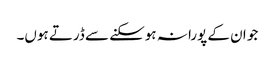
جو ان کے پورا نہ ہوسکنے سے ڈرتے ہوں۔